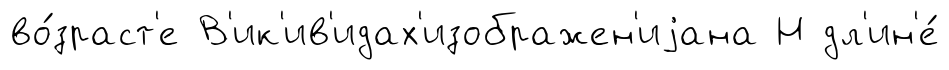
во́зраст'е В'ик'ив'идах'изображен'иjана Н дл'ин'е́